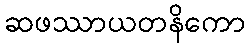
ဆဖဿာယတနိကော